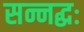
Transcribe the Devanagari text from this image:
सन्नद्धः